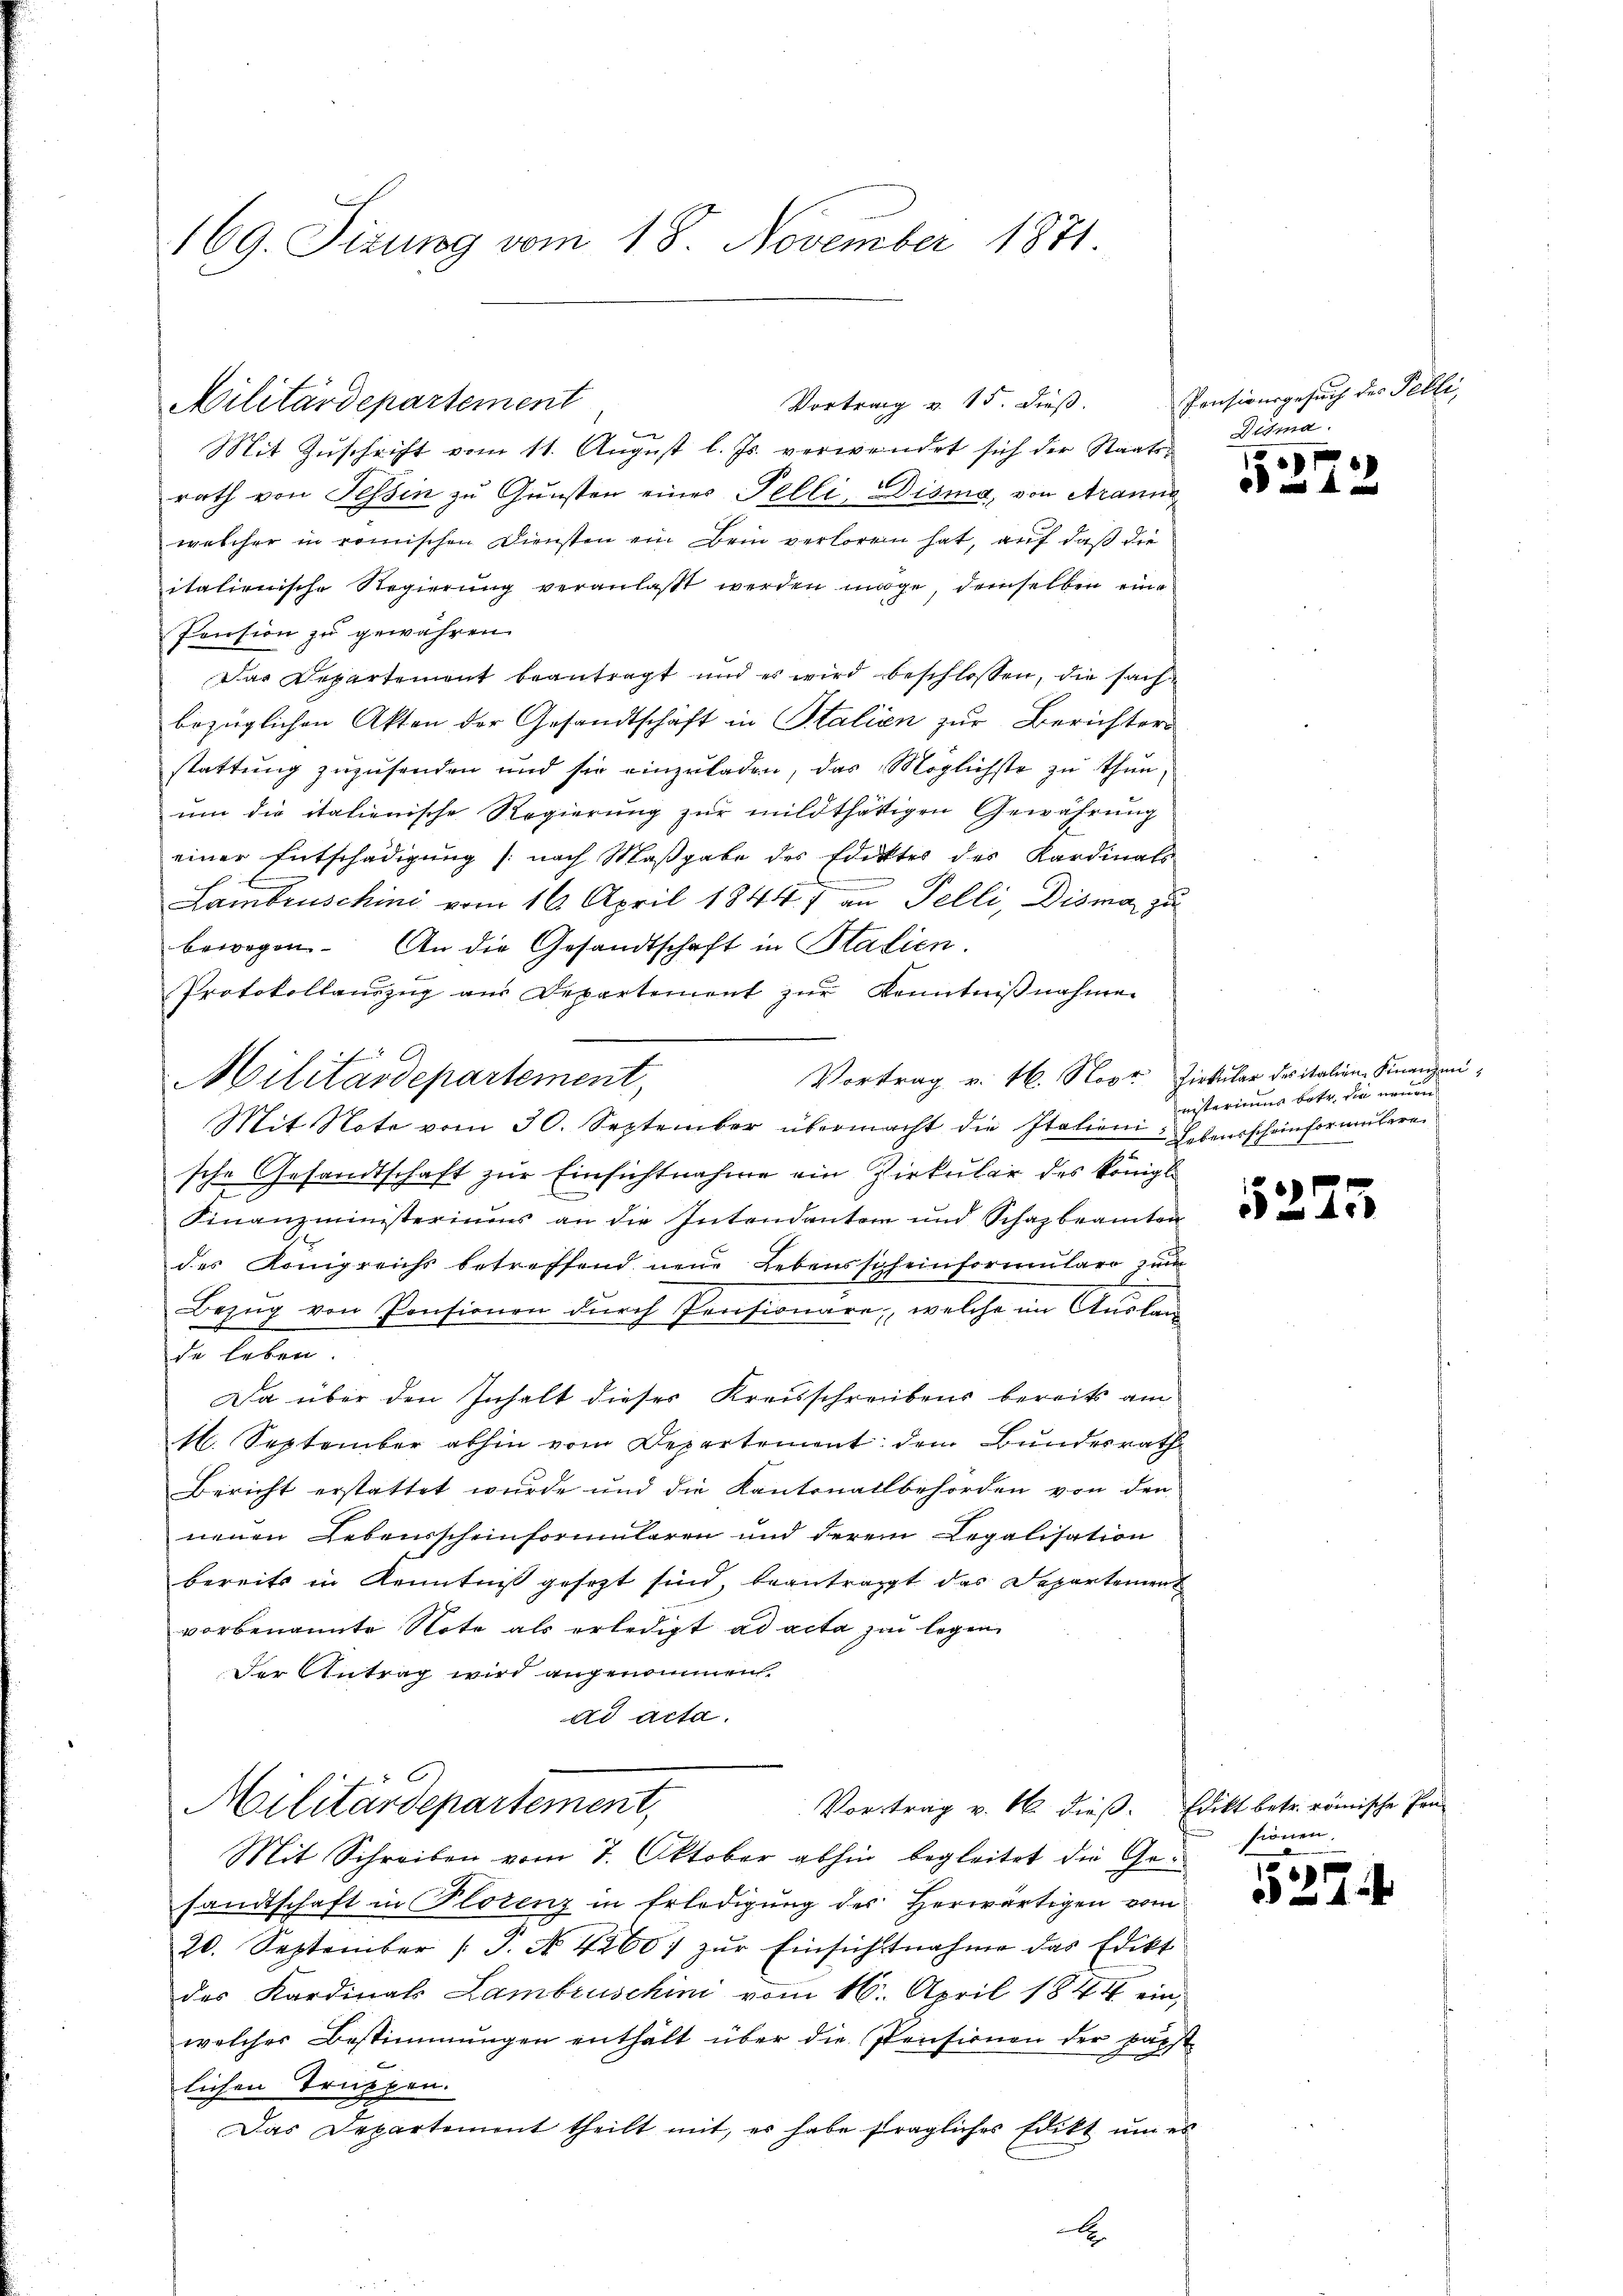
169. Sizung vom 18. November 1871

Militärdepartement

Mit Zuschrift vom 11. August l. Js. verwendet sich der Staats-
rath von Tessin zu Gunsten eines Felli, Disma, von Aranne
welcher in römischen Diensten ein Bein verloren hat, auf daß die
italienische Regierung veranlaßt werden möge, demselben eine
Pension zu gewähren.
Dar Departement beantragt und es wird beschlossen, die sachbezüglichen Akten der Gesandtschäft in Stalien zur Berichters
stattŭng zŭzŭsenden und sie einzŭladen, das Möglichste zu thun,
um die italienische Regierung zŭr mildthätigen Gewährung
einer Entschädigung (nach Maßgabe des Ediktes des Kardinals
Lambruschini vom 16. April 1844 an Felli Disma zu
bewegen. An die Gesandtschaft in Statien
Protokollaŭszŭg aŭs Departement zŭr Kenntniβnahmen
Vortrag v. 16. Novr Zirkŭlar des italien Finanzen,
Mit Note vom 30. September übermacht die Italieni
sche Gesandtschaft zur Einsichtnahme ein Zirkular des königl.
Finanzministeriums an die Intendanter und Schazbeamten
des Königreichs betreffend neue Lebensscheinformulare zu
Bezug von Pensionen durch Pensionäre, welche im Ausbe
de leben
Da über den Inhalt dieses Kreisschreibens bereits am
16. September abhin vom Departement dem Bundesrath
Bericht erstattet wurde und die Kantonallbehörden von den
nenen Lebensscheinformularen und derem Legalisation
bereits in Kenntniß gesezt sind, beantragt das Departement
vorbenannte Note als erledigt ad acta zu legen
Der Antrag wird angenommen.
ad acta.
Militärdepartement,
Vortrag v. 16. dieß. Edikt betr. römische Pen-
Mit Schreiben vom 7. Oktober abhin begleitet die Gesandtschaft in Plotenz in Erledigung des Herwärtigen vom
20. September (T. No. 42607 zŭr Einsichtnahme das Edikt
des Kardinals Lambruschini vom 16. April 1844 ein
welcher Bestimmungen enthält über die Pensionen der päpst
lichen Truppen.
Das Departement theilt mit, er habe fragliches Edikt um es
xx

Militärdepartement,

Vortrag u. 15. dieß.

Pensionsgesuch des Pelli,
Atma

5373

nisteriums betr. die neuen
Lebensscheinformulare

5225

sionen.
.

1527.